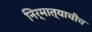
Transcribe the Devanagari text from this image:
निर्मात्याचीच